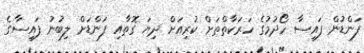
ފަންޑުން ފައިސާ ހޯދުމުގެ ހަރަކާތްތަށް ކުރިއަށް ދިޔަ ގޮތާއި ފަންޑަށް ލިބުނު ފައިސާގެ